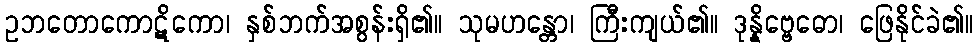
ဥဘတောကောဋိကော၊ နှစ်ဘက်အစွန်းရှိ၏။ သုမဟန္တော၊ ကြီးကျယ်၏။ ဒုန္နိဗ္ဗေဓော၊ ဖြေနိုင်ခဲ၏။